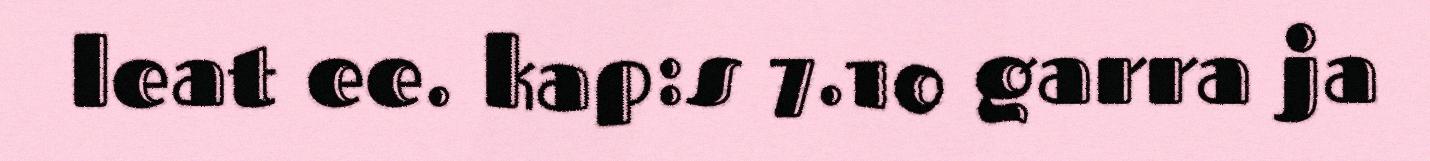
leat ee. kap:s 7.10 garra ja